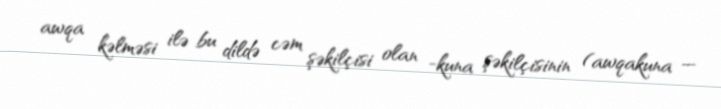
awqa kəlməsi ilə bu dildə cəm şəkilçisi olan -kuna şəkilçisinin (awqakuna —